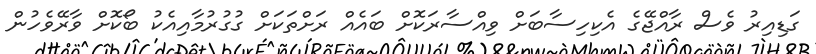
ގަޑިއިރު ވެސް ރާއްޖޭގެ އެކިހިސާބަށްް ވިއްސާރަކޮށް ބައެއް ރަށްތަކަށް ގުގުރުމާއިއެކު ބޯކޮށް ވާރޭވެހުން